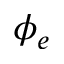
\phi _ { e }